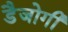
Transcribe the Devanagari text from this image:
डैजोगी